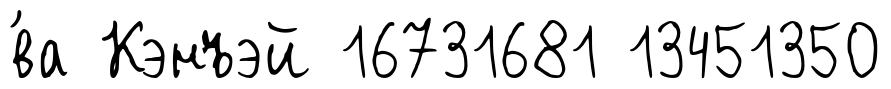
́ва Кэнъэй 16731681 13451350